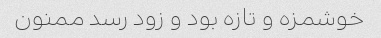
خوشمزه و تازه بود و زود رسد ممنون